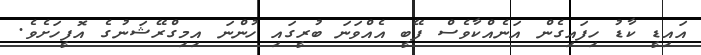
އައިޑީ ކާޑު ހިފައިގެން އަނެއްކާވެސް ފޭބީ އެއްވަނަ ބުރީގައި ހުންނަ އިމިގްރޭޝަނުގެ އޮފީހަށެވެ.